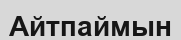
Айтпаймын